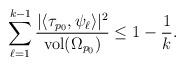
LaTeX: \begin{align*} \sum_{\ell=1}^{k-1}\frac{|\langle \tau_{p_0},\psi_\ell\rangle|^2}{\mathrm{vol}(\Omega_{p_0})}\leq 1-\frac{1}{k}.\end{align*}